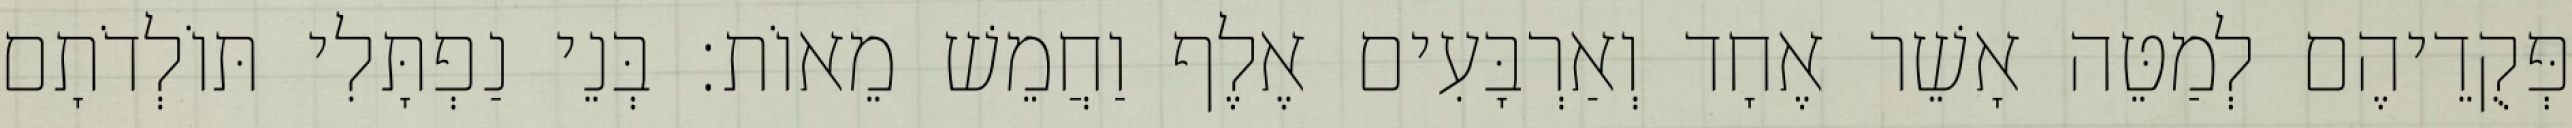
פְּקֻדֵיהֶם לְמַטֵּה אָשֵׁר אֶחָד וְאַרְבָּעִים אֶלֶף וַחֲמֵשׁ מֵאוֹת׃ בְּנֵי נַפְתָּלִי תּוֹלְדֹתָם